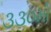
૩૩૦મો